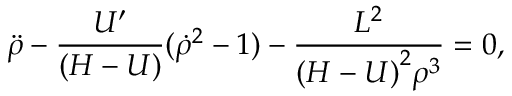
{ \ddot { \rho } } - { \frac { U ^ { \prime } } { ( H - U ) } } ( { \dot { \rho } } ^ { 2 } - 1 ) - { \frac { L ^ { 2 } } { { ( H - U ) } ^ { 2 } \rho ^ { 3 } } } = 0 ,